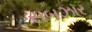
સબઝાર